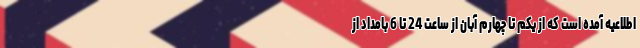
اطلاعیه آمده است که از یکم تا چهارم آبان از ساعت 24 تا 6 بامداد از